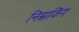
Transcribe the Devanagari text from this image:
निम्नाकिंग